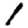
Digit: 1